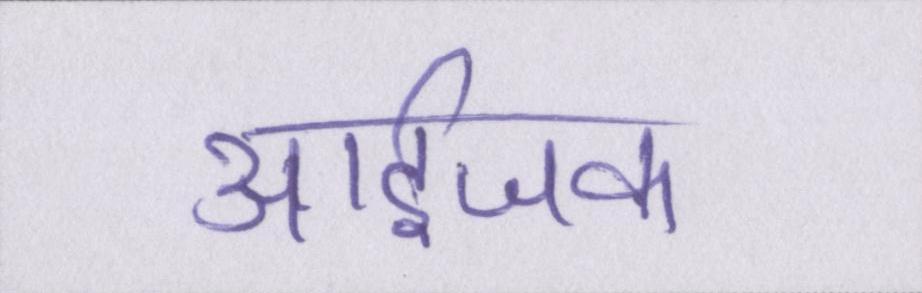
आईजक